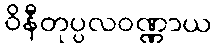
ဝိနီတုပ္ပလဝဏ္ဏာယ